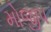
મોજીપ